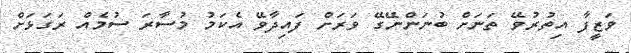
ވަޒީފާ އިތުރުވޭ ތަނަށް ބުނަންނޭގޭ ވަރަށް ފައިދާވޭ އެކަމު މުސާރަ ސުމެއް ރަގަޅަށް